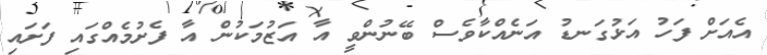
އެއަށް ފަހު އަޅުގަނޑު އަނެއްކާވެސް ބޭނުންވީ އާ އަޒުމަކުން އާ ފެށުމެއްގައި ފަށައި